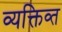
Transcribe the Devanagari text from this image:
व्यक्तिव्त